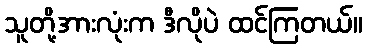
သူတို့အားလုံးက ဒီလိုပဲ ထင်ကြတယ်။